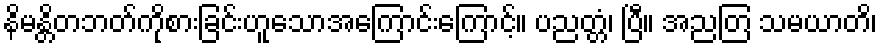
နိမန္တိတဘတ်ကိုစားခြင်းဟူသောအကြောင်းကြောင့်။ ပညတ္တံ၊ ပြီ။ အညတြ သမယာတိ၊